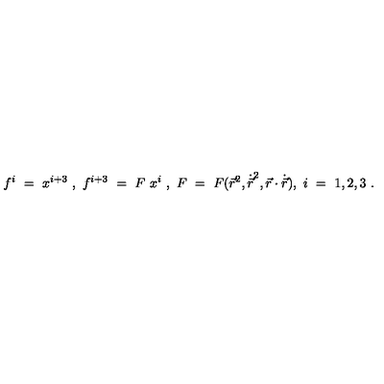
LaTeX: f ^ { i } \ = \ x ^ { i + 3 } \ , \ f ^ { i + 3 } \ = \ F \ x ^ { i } \ , \ F \ = \ F ( { \vec { r } } ^ { 2 } , { \dot { \vec { r } } } ^ { 2 } , { \vec { r } } \cdot { \dot { \vec { r } } } ) , \ i \ = \ 1 , 2 , 3 \ .